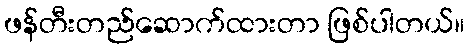
ဖန်တီးတည်ဆောက်ထားတာ ဖြစ်ပါတယ်။